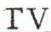
TV